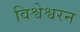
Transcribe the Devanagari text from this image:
विश्वेश्वरन